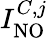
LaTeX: I_{\mathrm{NO}}^{C,j}